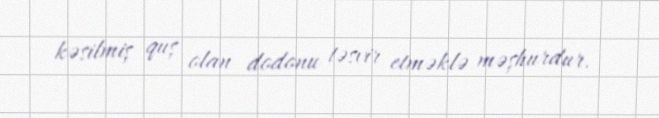
kəsilmiş quş olan dodonu təsvir etməklə məşhurdur.